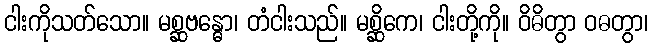
ငါးကိုသတ်သော။ မစ္ဆဗန္ဓော၊ တံငါးသည်။ မစ္ဆိကေ၊ ငါးတို့ကို။ ဝိဓိတွာ ဝဓတွာ၊